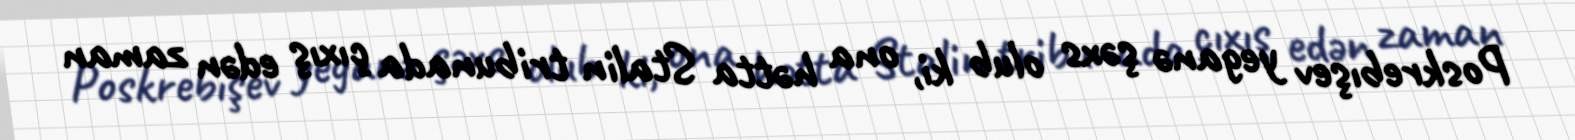
Poskrebışev yeganə şəxs olub ki, ona hətta Stalin tribunada çıxış edən zaman